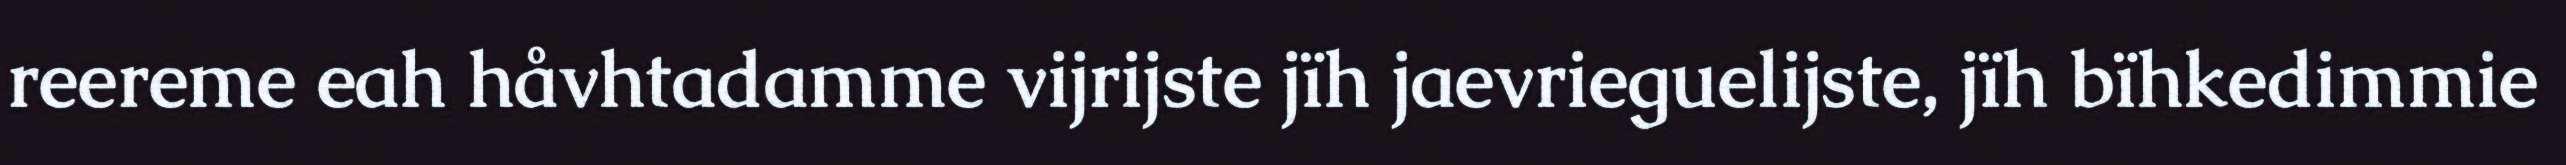
reereme eah håvhtadamme vijrijste jïh jaevrieguelijste, jïh bïhkedimmie